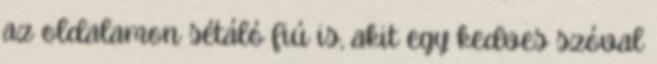
az oldalamon sétáló fiú is, akit egy kedves szóval